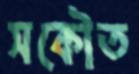
সকৌত